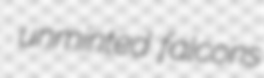
unminted falcons